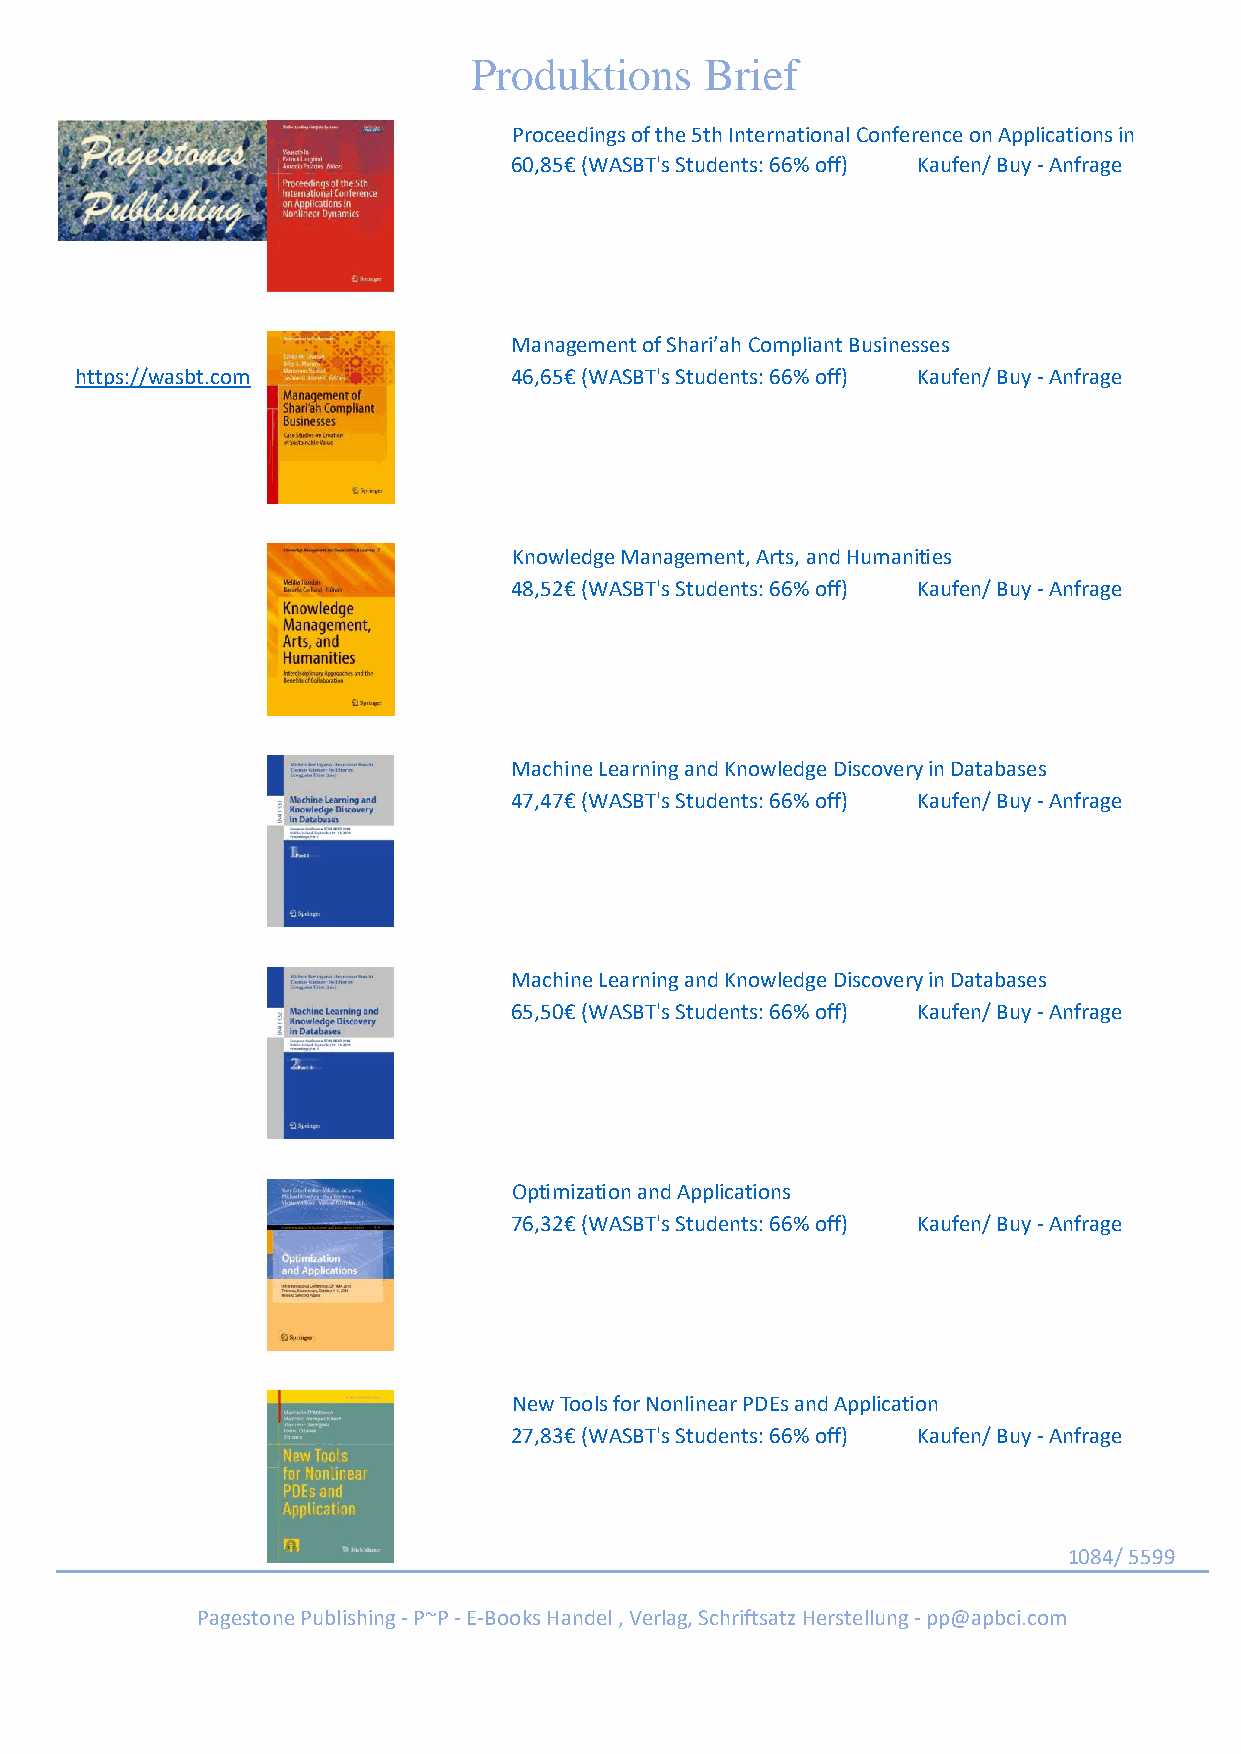
Produktions     Brief
 Proceedings of the 5th International Conference on Applications in
 60,85€ (WASBT's Students: 66% off) Kaufen/ Buy - Anfrage
 Management of Shari’ah Compliant Businesses
 https://wasbt.com            46,65€ (WASBT's Students: 66% off) Kaufen/ Buy - Anfrage
 Knowledge Management, Arts, and Humanities
 48,52€ (WASBT's Students: 66% off) Kaufen/ Buy - Anfrage
 Machine Learning and Knowledge Discovery in Databases
 47,47€ (WASBT's Students: 66% off) Kaufen/ Buy - Anfrage
 Machine Learning and Knowledge Discovery in Databases
 65,50€ (WASBT's Students: 66% off) Kaufen/ Buy - Anfrage
 Optimization and Applications
 76,32€ (WASBT's Students: 66% off) Kaufen/ Buy - Anfrage
 New Tools for Nonlinear PDEs and Application
 27,83€ (WASBT's Students: 66% off) Kaufen/ Buy - Anfrage
 1084/ 5599
 Pagestone Publishing - P~P - E-Books Handel , Verlag, Schriftsatz Herstellung - pp@apbci.com